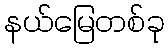
နယ်မြေတစ်ခု